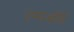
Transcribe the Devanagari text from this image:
एम६व्हीई